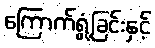
ကြောက်ရွံ့ခြင်းနှင့်